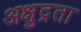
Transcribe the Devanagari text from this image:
अक्षुद्रता